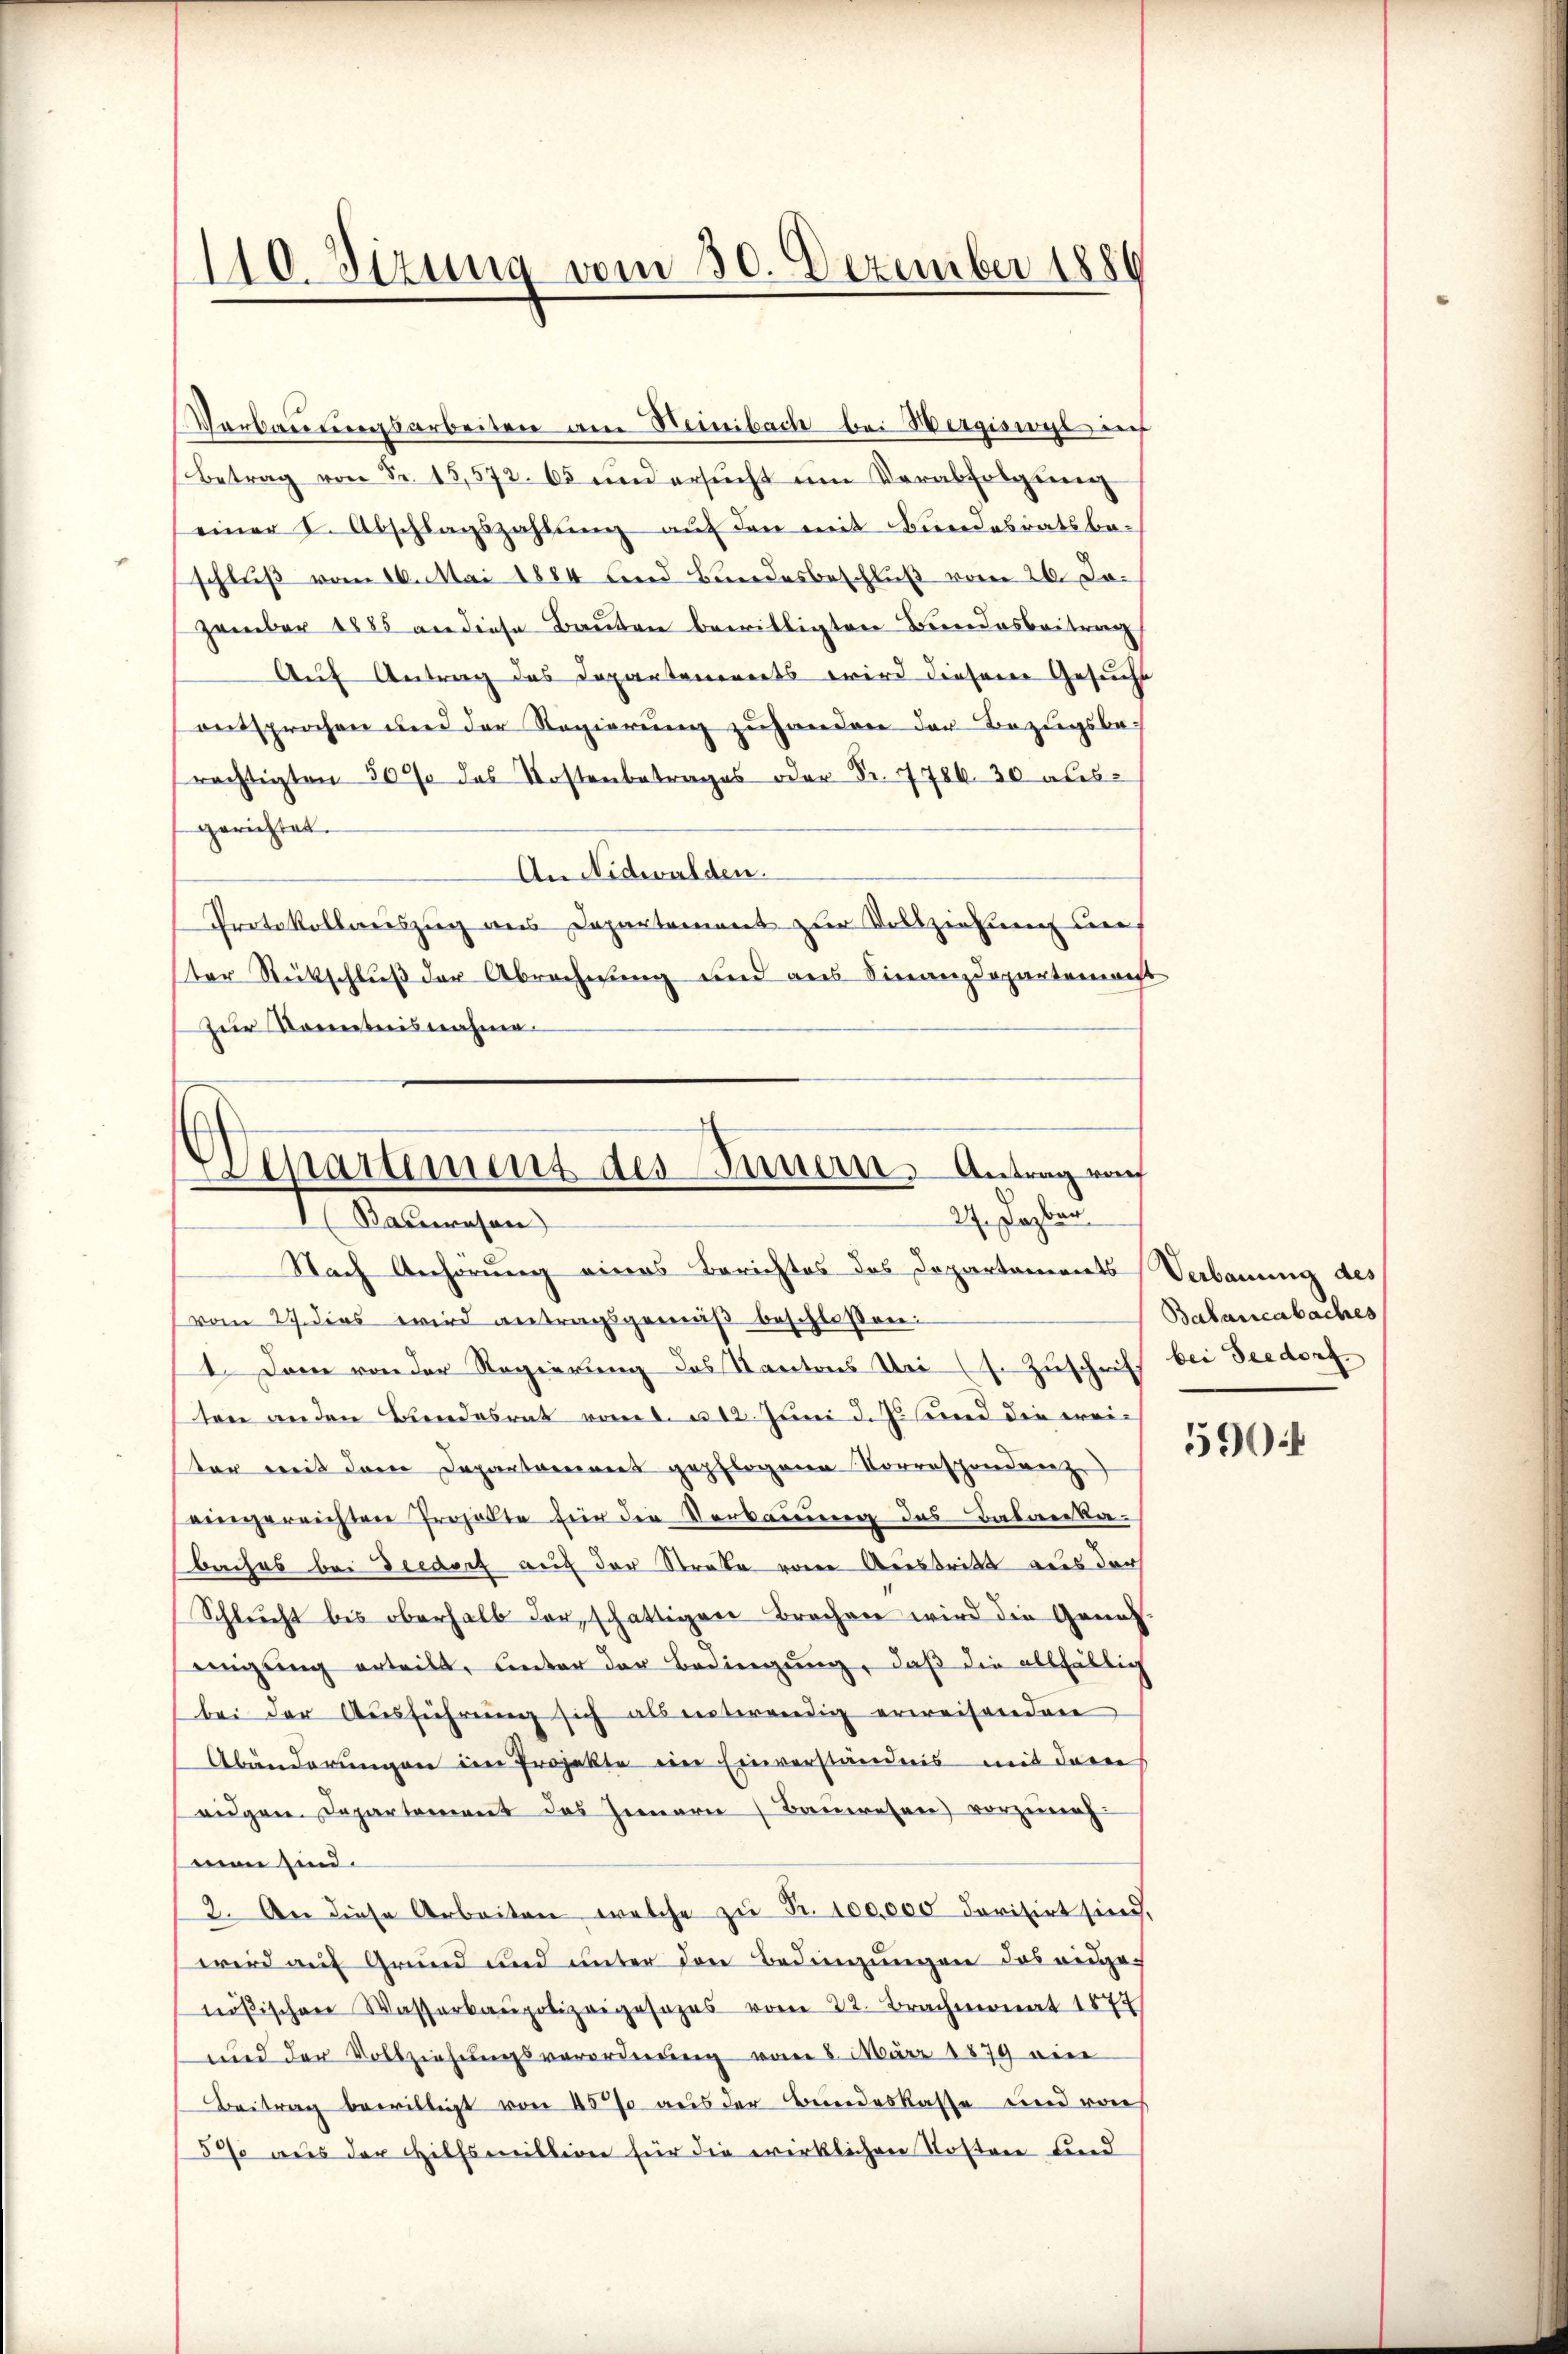
110. Sizung vom 30. Dezember 1880

Verbauungsarbeiten am Beinbach bei Wergiswyl in
Betrag von Fr. 15,572. 65 und ersŭcht um Verabfolgung
einer I. Abschlagszahlung auf den mit Bundesratsbeschluß vom 16. Mai 1884 und Bundesbeschluß vom 26. Jozember 1885 an diese Bauten bewilligten Bundesbeitrag
Auf Antrag des Departenereits wird diesem Gesucht
entsprochen und der Regierŭng zŭ handen der Bezugsbe-
rächtigten 500 das Kostenbetrages oder Fr. 778630 ausgerichtet.
An Nidwalden.
Protokollauszug aus Departement zur Vollziehung des
ter Rückschluß der Abrechnung und aus Finanzdepartement
Zur Kenntnisnahme.
Venartement des Innern. Antrag rach

27. Dabe
Bauwesen
Nach Anhörung eines Berichtes des Departements Verbauung des

vom 27. dies wird antragsgemäß beschlossen:
1. Dem von der Regierung des Kantons Uri (s. Zuschrift bei Seedorf.
ten anden Bundesrat vom 1. u 12. Juni d. J. und die weiter mit dem Departareines gepflogenen Korrespondanz
eingereichten Projekte für die Verkauung des Babaka-
baches bei Deedorf auf der Streke von Austritt aus der
Schlucht bis oberhalb der, schäftigen Brechen wird die Geneh-
einigŭng erteilt, unter der Bedingung, daß die allfällig
bei der Aŭsführŭng sich als entwendig erweisenden
Abänderungen im Projekte ein Einverständnis mit deren
eidgen. Departement des Innern Bauwesen) vorzuneh
man sind.
2. An diese Arbeiten welche zŭ Fr. 100,000 dorisirt sind,
wird auf Grund und unter den Bedingungen des angenößischen Wasserkaŭpolizeigesezes vom 22. Brachmonat 1874
und der Vollziehungsverordnung vom 8. März 1879 ein
Beitrag bewilligt von 45 % aus der Bundeskasse und von
57 aus der Hilfsmillion für die wirklichen Kosten und

Balancabaches

5904